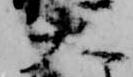
大